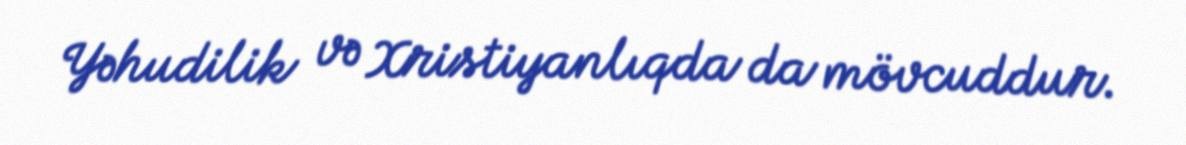
Yəhudilik və Xristiyanlıqda da mövcuddur.